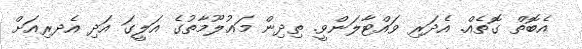
އެބޮތް ގޮތެއް. އެދަރި ވައްޓާލަންވީ. ތިދިން މަޢުލޫމާތުގެ އަލީގަ އަދި އެދރިއަށް